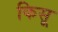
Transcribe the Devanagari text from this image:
किसू